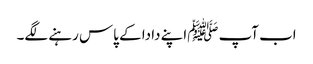
اب آپ ﷺاپنے دادا کے پاس رہنے لگے۔